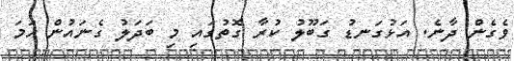
ވެގެން ދާނެ. އަޅުގަނޑު ގަބޫލު ކުރާ ގޮތުގައި މި ބަދަލު ގެނައުން ހަމަ